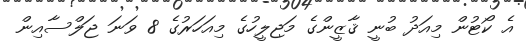
އެ ކޯޓުން މިއަދު ބުނީ ޤާޒީންގެ މަޖިލީހުގެ މިއަހަރުގެ 8 ވަނަ ޖަލްސާއިން